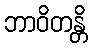
ဘာဝိတန္တိ